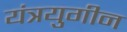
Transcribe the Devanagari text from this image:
यंत्रयुगीन